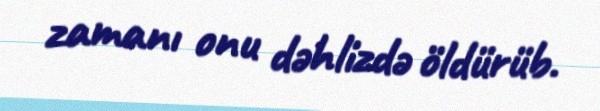
zamanı onu dəhlizdə öldürüb.